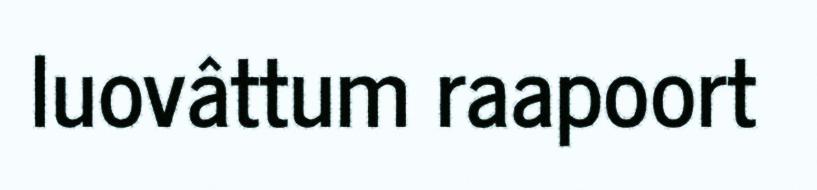
luovâttum raapoort